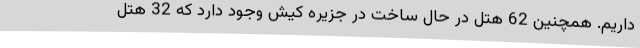
داریم. همچنین 62 هتل در حال ساخت در جزیره کیش وجود دارد که 32 هتل